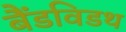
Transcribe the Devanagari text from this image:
बैंडविडथ